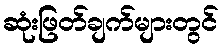
ဆုံးဖြတ်ချက်များတွင်